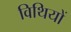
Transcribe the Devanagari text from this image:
विथियों